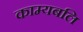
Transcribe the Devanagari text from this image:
काम्यबलि